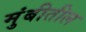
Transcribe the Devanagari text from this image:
मुंबीतील